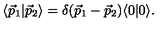
\langle { \vec { p } } _ { 1 } | { \vec { p } } _ { 2 } \rangle = \delta ( { \vec { p } } _ { 1 } - { \vec { p } } _ { 2 } ) \langle 0 | 0 \rangle .